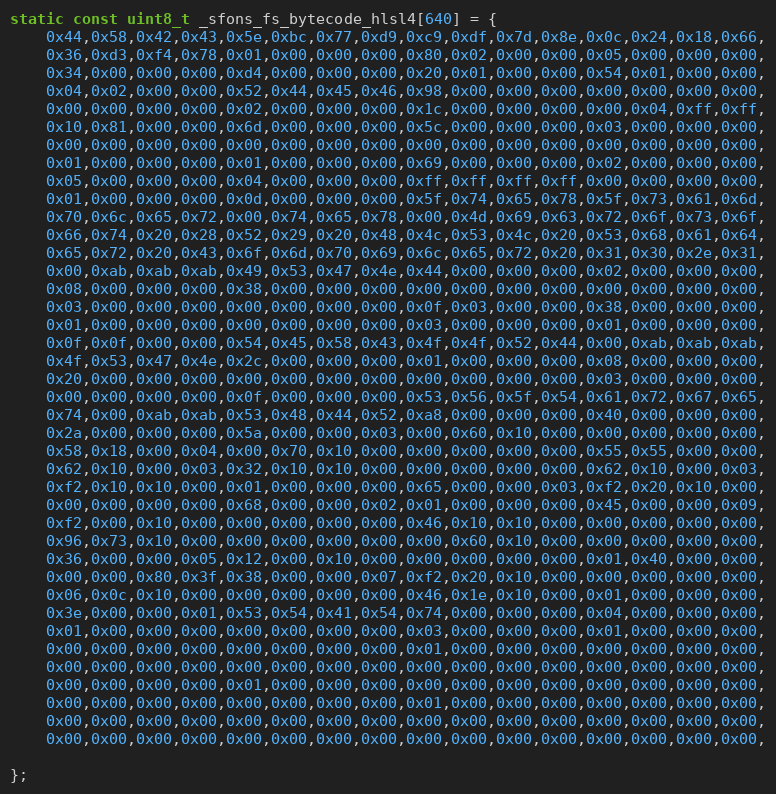
Language: C
static const uint8_t _sfons_fs_bytecode_hlsl4[640] = {
    0x44,0x58,0x42,0x43,0x5e,0xbc,0x77,0xd9,0xc9,0xdf,0x7d,0x8e,0x0c,0x24,0x18,0x66,
    0x36,0xd3,0xf4,0x78,0x01,0x00,0x00,0x00,0x80,0x02,0x00,0x00,0x05,0x00,0x00,0x00,
    0x34,0x00,0x00,0x00,0xd4,0x00,0x00,0x00,0x20,0x01,0x00,0x00,0x54,0x01,0x00,0x00,
    0x04,0x02,0x00,0x00,0x52,0x44,0x45,0x46,0x98,0x00,0x00,0x00,0x00,0x00,0x00,0x00,
    0x00,0x00,0x00,0x00,0x02,0x00,0x00,0x00,0x1c,0x00,0x00,0x00,0x00,0x04,0xff,0xff,
    0x10,0x81,0x00,0x00,0x6d,0x00,0x00,0x00,0x5c,0x00,0x00,0x00,0x03,0x00,0x00,0x00,
    0x00,0x00,0x00,0x00,0x00,0x00,0x00,0x00,0x00,0x00,0x00,0x00,0x00,0x00,0x00,0x00,
    0x01,0x00,0x00,0x00,0x01,0x00,0x00,0x00,0x69,0x00,0x00,0x00,0x02,0x00,0x00,0x00,
    0x05,0x00,0x00,0x00,0x04,0x00,0x00,0x00,0xff,0xff,0xff,0xff,0x00,0x00,0x00,0x00,
    0x01,0x00,0x00,0x00,0x0d,0x00,0x00,0x00,0x5f,0x74,0x65,0x78,0x5f,0x73,0x61,0x6d,
    0x70,0x6c,0x65,0x72,0x00,0x74,0x65,0x78,0x00,0x4d,0x69,0x63,0x72,0x6f,0x73,0x6f,
    0x66,0x74,0x20,0x28,0x52,0x29,0x20,0x48,0x4c,0x53,0x4c,0x20,0x53,0x68,0x61,0x64,
    0x65,0x72,0x20,0x43,0x6f,0x6d,0x70,0x69,0x6c,0x65,0x72,0x20,0x31,0x30,0x2e,0x31,
    0x00,0xab,0xab,0xab,0x49,0x53,0x47,0x4e,0x44,0x00,0x00,0x00,0x02,0x00,0x00,0x00,
    0x08,0x00,0x00,0x00,0x38,0x00,0x00,0x00,0x00,0x00,0x00,0x00,0x00,0x00,0x00,0x00,
    0x03,0x00,0x00,0x00,0x00,0x00,0x00,0x00,0x0f,0x03,0x00,0x00,0x38,0x00,0x00,0x00,
    0x01,0x00,0x00,0x00,0x00,0x00,0x00,0x00,0x03,0x00,0x00,0x00,0x01,0x00,0x00,0x00,
    0x0f,0x0f,0x00,0x00,0x54,0x45,0x58,0x43,0x4f,0x4f,0x52,0x44,0x00,0xab,0xab,0xab,
    0x4f,0x53,0x47,0x4e,0x2c,0x00,0x00,0x00,0x01,0x00,0x00,0x00,0x08,0x00,0x00,0x00,
    0x20,0x00,0x00,0x00,0x00,0x00,0x00,0x00,0x00,0x00,0x00,0x00,0x03,0x00,0x00,0x00,
    0x00,0x00,0x00,0x00,0x0f,0x00,0x00,0x00,0x53,0x56,0x5f,0x54,0x61,0x72,0x67,0x65,
    0x74,0x00,0xab,0xab,0x53,0x48,0x44,0x52,0xa8,0x00,0x00,0x00,0x40,0x00,0x00,0x00,
    0x2a,0x00,0x00,0x00,0x5a,0x00,0x00,0x03,0x00,0x60,0x10,0x00,0x00,0x00,0x00,0x00,
    0x58,0x18,0x00,0x04,0x00,0x70,0x10,0x00,0x00,0x00,0x00,0x00,0x55,0x55,0x00,0x00,
    0x62,0x10,0x00,0x03,0x32,0x10,0x10,0x00,0x00,0x00,0x00,0x00,0x62,0x10,0x00,0x03,
    0xf2,0x10,0x10,0x00,0x01,0x00,0x00,0x00,0x65,0x00,0x00,0x03,0xf2,0x20,0x10,0x00,
    0x00,0x00,0x00,0x00,0x68,0x00,0x00,0x02,0x01,0x00,0x00,0x00,0x45,0x00,0x00,0x09,
    0xf2,0x00,0x10,0x00,0x00,0x00,0x00,0x00,0x46,0x10,0x10,0x00,0x00,0x00,0x00,0x00,
    0x96,0x73,0x10,0x00,0x00,0x00,0x00,0x00,0x00,0x60,0x10,0x00,0x00,0x00,0x00,0x00,
    0x36,0x00,0x00,0x05,0x12,0x00,0x10,0x00,0x00,0x00,0x00,0x00,0x01,0x40,0x00,0x00,
    0x00,0x00,0x80,0x3f,0x38,0x00,0x00,0x07,0xf2,0x20,0x10,0x00,0x00,0x00,0x00,0x00,
    0x06,0x0c,0x10,0x00,0x00,0x00,0x00,0x00,0x46,0x1e,0x10,0x00,0x01,0x00,0x00,0x00,
    0x3e,0x00,0x00,0x01,0x53,0x54,0x41,0x54,0x74,0x00,0x00,0x00,0x04,0x00,0x00,0x00,
    0x01,0x00,0x00,0x00,0x00,0x00,0x00,0x00,0x03,0x00,0x00,0x00,0x01,0x00,0x00,0x00,
    0x00,0x00,0x00,0x00,0x00,0x00,0x00,0x00,0x01,0x00,0x00,0x00,0x00,0x00,0x00,0x00,
    0x00,0x00,0x00,0x00,0x00,0x00,0x00,0x00,0x00,0x00,0x00,0x00,0x00,0x00,0x00,0x00,
    0x00,0x00,0x00,0x00,0x01,0x00,0x00,0x00,0x00,0x00,0x00,0x00,0x00,0x00,0x00,0x00,
    0x00,0x00,0x00,0x00,0x00,0x00,0x00,0x00,0x01,0x00,0x00,0x00,0x00,0x00,0x00,0x00,
    0x00,0x00,0x00,0x00,0x00,0x00,0x00,0x00,0x00,0x00,0x00,0x00,0x00,0x00,0x00,0x00,
    0x00,0x00,0x00,0x00,0x00,0x00,0x00,0x00,0x00,0x00,0x00,0x00,0x00,0x00,0x00,0x00,

};